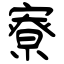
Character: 寮